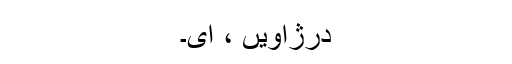
درژاویں ، ای۔